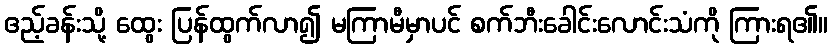
ဧည့်ခန်းသို့ ထွေး ပြန်ထွက်လာ၍ မကြာမီမှာပင် စက်ဘီးခေါင်းလောင်းသံကို ကြားရ၏။